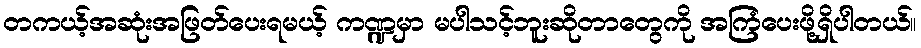
တကယ့်အဆုံးအဖြတ်ပေးရမယ့် ကဏ္ဍမှာ မပါသင့်ဘူးဆိုတာတွေကို အကြံပေးဖို့ရှိပါတယ်။